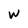
Character: W